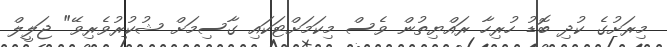
މިރަށުގެ ކުދި ބޮޑު ހުރިހާ ރައްޔިތުން ވެސް މިކަމަށްޓަކައި ގާސިމަށް ޝުކުރުވެރިވޭ" ޖަލީލް